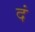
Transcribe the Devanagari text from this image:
दं